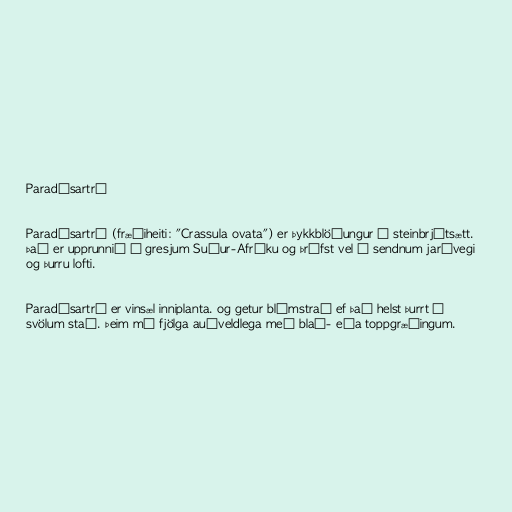
Paradísartré

Paradísartré (fræðiheiti: "Crassula ovata") er þykkblöðungur í steinbrjótsætt.
Það er upprunnið á gresjum Suður-Afríku og þrífst vel í sendnum jarðvegi
og þurru lofti.

Paradísartré er vinsæl inniplanta. og getur blómstrað ef það helst þurrt á
svölum stað. Þeim má fjölga auðveldlega með blað- eða toppgræðingum.